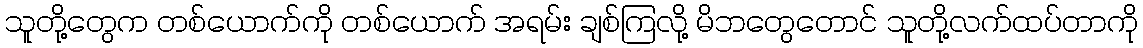
သူတို့တွေက တစ်ယောက်ကို တစ်ယောက် အရမ်း ချစ်ကြလို့ မိဘတွေတောင် သူတို့လက်ထပ်တာကို